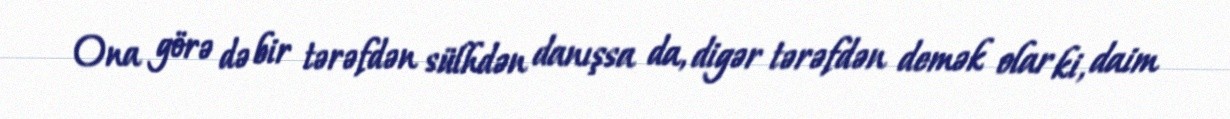
Ona görə də bir tərəfdən sülhdən danışsa da, digər tərəfdən demək olar ki, daim